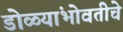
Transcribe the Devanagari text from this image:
डोळ्यांभोवतीचे